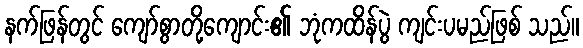
နက်ဖြန်တွင် ကျော်စွာတို့ကျောင်း၏ ဘုံကထိန်ပွဲ ကျင်းပမည်ဖြစ် သည်။